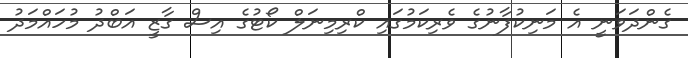
ގެންދަވަނީ އެ މަނިކުފާނުގެ ވެރިކަމުގައި ކްރިމިނަލް ކޯޓުގެ އިސް ގާޒީ އަބްދު މުހައްމަދު